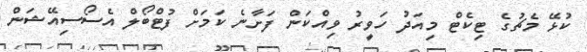
ކުޅޭ މެޗުގެ ޓިކެޓް މިއަދު ހަވީރު ވިއްކަން ފަށާނެ ކަމަށް ފުޓްބޯލް އެސޯސިއޭޝަން